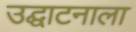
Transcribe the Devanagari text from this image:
उद्घाटनाला